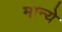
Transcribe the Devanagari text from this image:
मान्ये